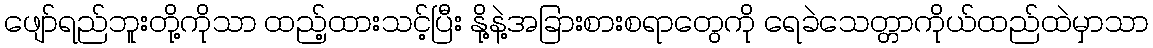
ဖျော်ရည်ဘူးတို့ကိုသာ ထည့်ထားသင့်ပြီး နို့နဲ့အခြားစားစရာတွေကို ရေခဲသေတ္တာကိုယ်ထည်ထဲမှာသာ